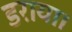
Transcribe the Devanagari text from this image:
डराया।